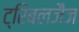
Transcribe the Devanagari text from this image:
ट्रिबलजैज